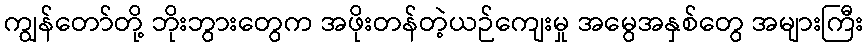
ကျွန်တော်တို့ ဘိုးဘွားတွေက အဖိုးတန်တဲ့ယဉ်ကျေးမှု အမွေအနှစ်တွေ အများကြီး